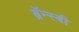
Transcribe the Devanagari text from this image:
ब्रॅन्स्बी